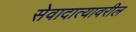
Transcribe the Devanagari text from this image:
सेवादात्यावरील